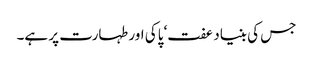
جس کی بنیاد عفت‘ پاکی اور طہارت پر ہے۔